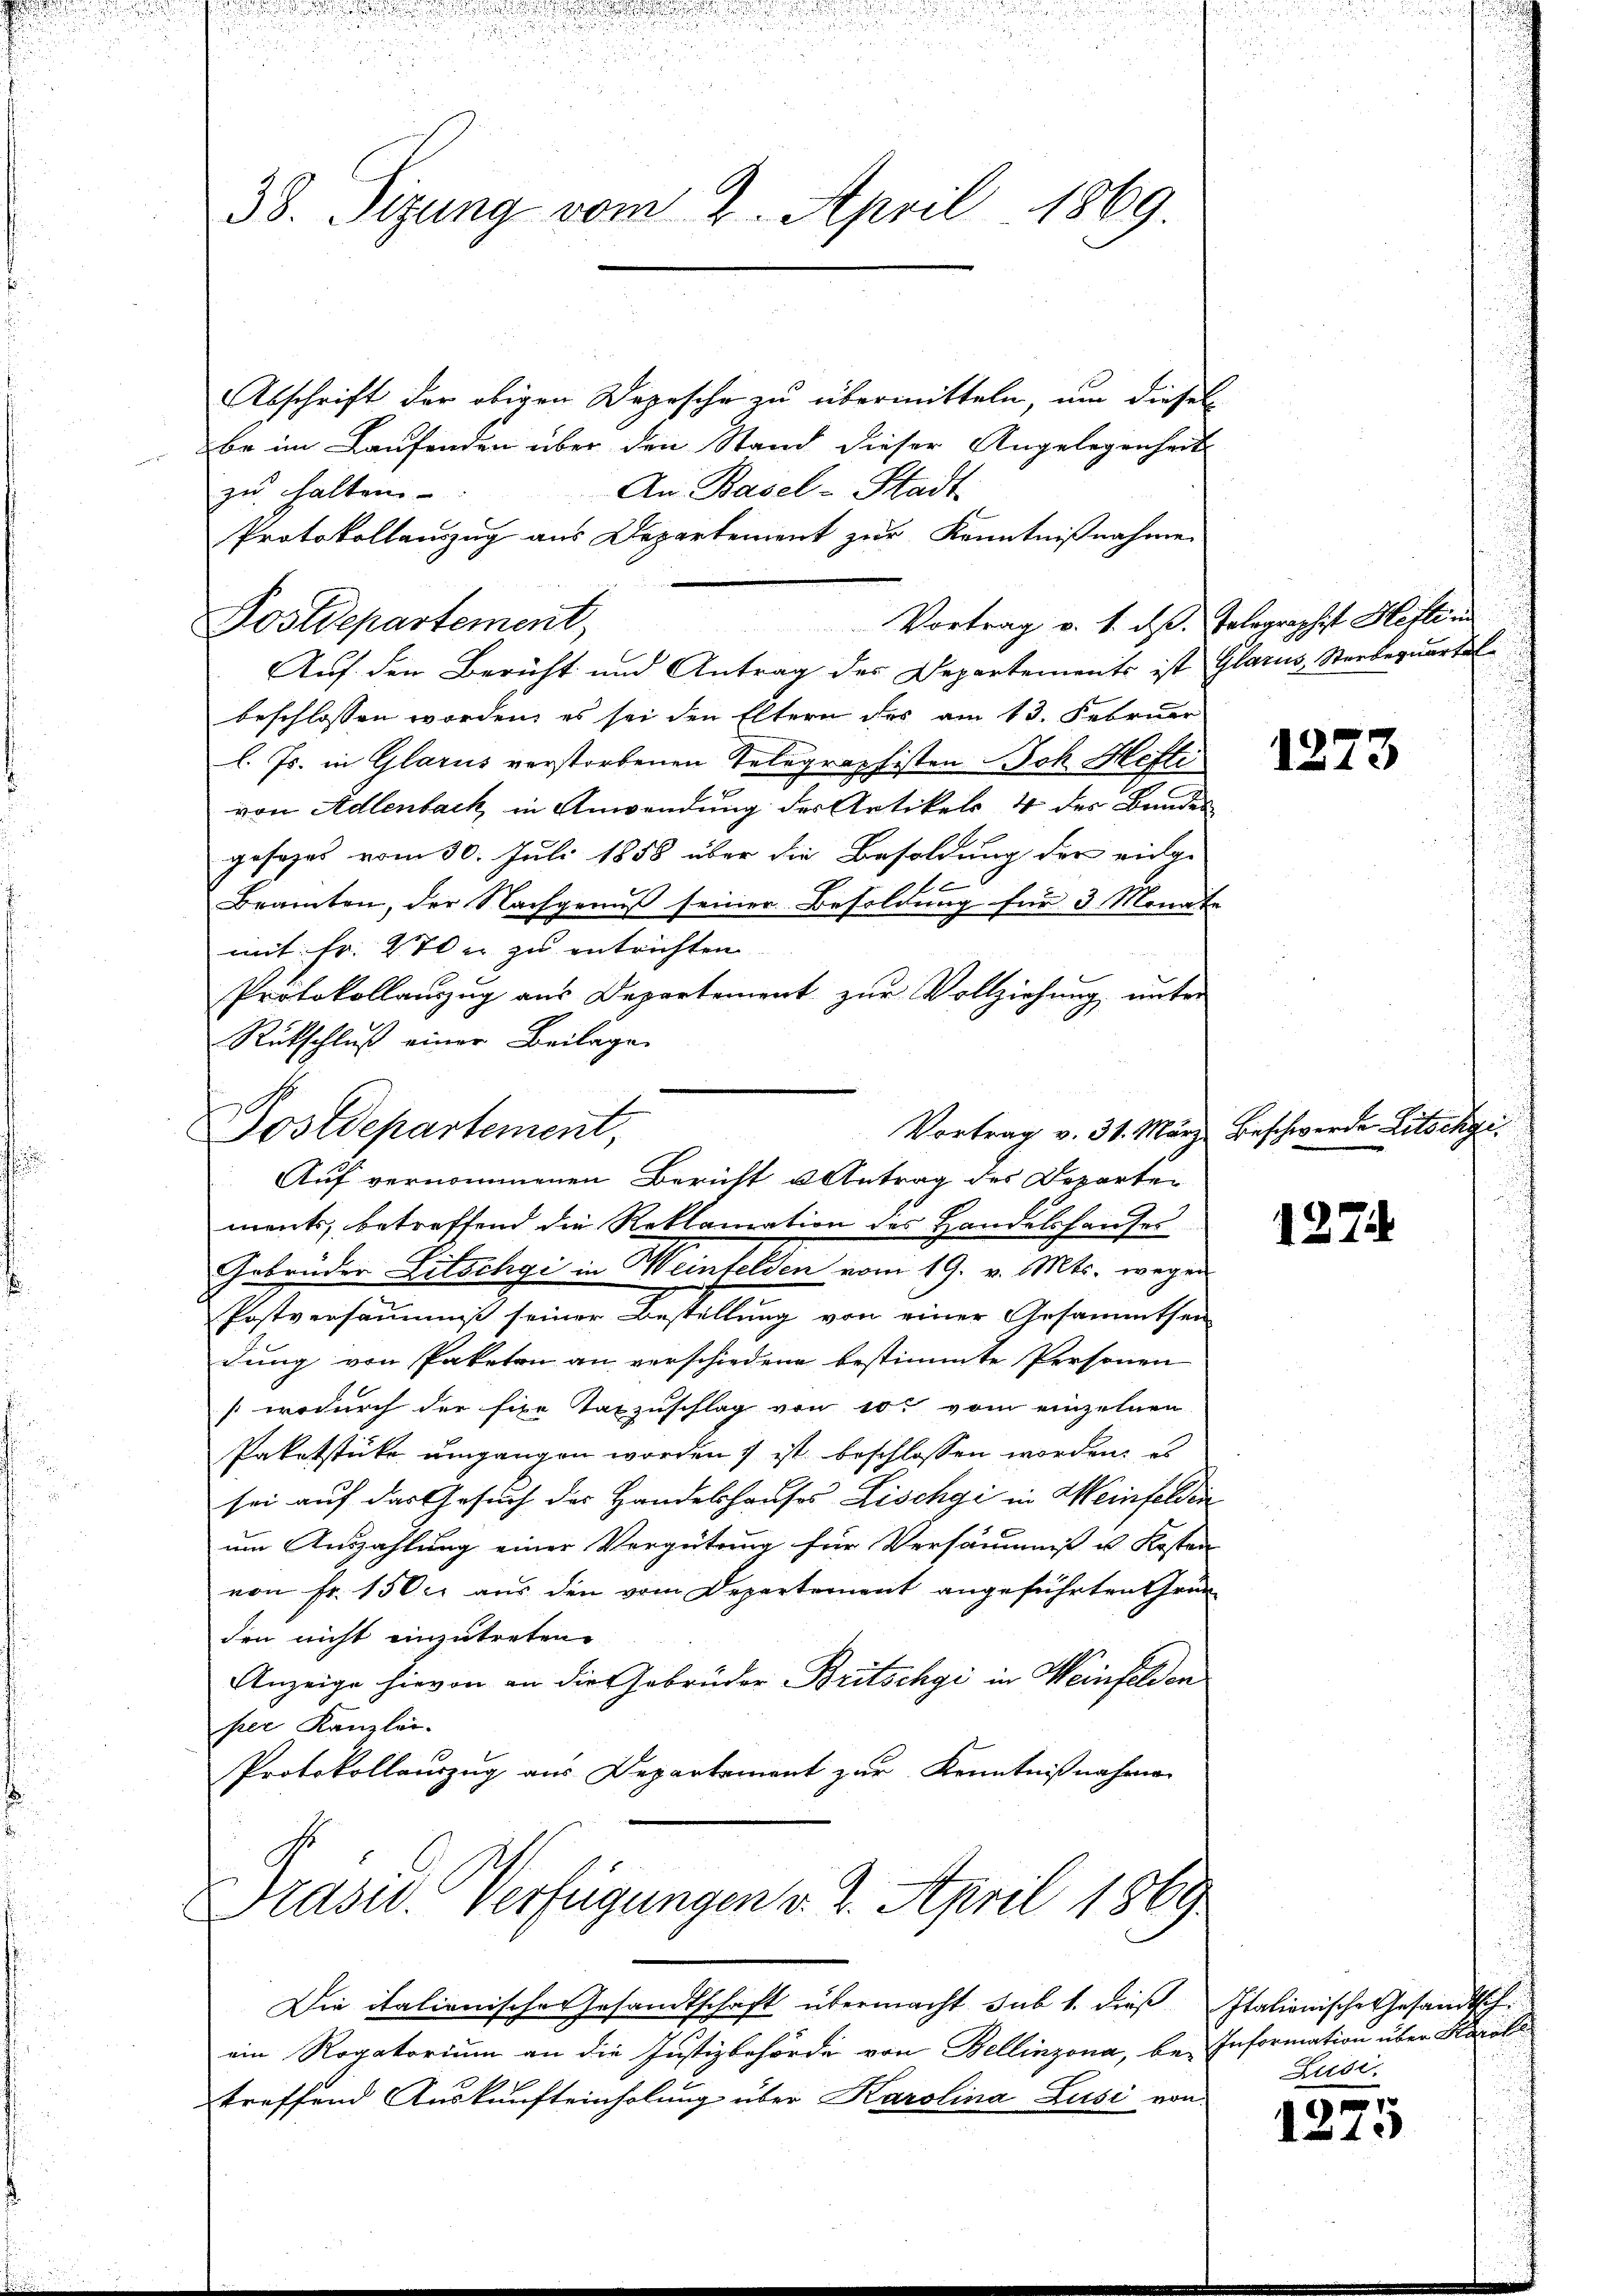
38. Sizung vom 2. April 1869.

Abschrift der obigen Depesche zu übermitteln, um diesel
be im Laufenden über den Stand dieser Angelegenheits
An Basel-Stadt
zu halten
Protokollanzug aus Departement zur Kenntnißnahmen
Vortrag v. 1. ds. Telegraphist Hefte un
Auf den Bericht und Antrag des Departements ist Glarus, Sterbernartel
beschlossen worden, es sei den Eltern des am 13. Februar
l. Js. in Glarus verstorbenen Telegraphisten Joh. Hefti
von Adlenbach, in Anwendung der Artikels 4 der Bandes
gesages vom 30. Juli 1858 über die Besoldung der eidge
e
Bramten, der Nachgenuß seiner Besoldung für 3 Monate
mit Fr. 270 u zu entrichten
Protokollauszug aus Departement zur Vollziehung unter
Rückschluß einer Beilage
ments, betreffend die Reklamation des Handelshauses
Gebrüder Litschgi in Weinfelden vom 19. v. Mts. wegen
Postversäumniß seiner Bestellung von einer Gesammthei
dung von Paketen an verschiedene bestimmte Personen
wodurch der fixe Taxzuschlag von 10t vom einzelnen
Paketstücke umgangen worden ist beschlossen worden, es
sei auf das Gesuch der Handelshauses Lischgi in Weinfelden
um Auszahlung einer Vergütung für Versäumnis u. Kosten
von Fr. 1500 aus den vom Departement angeführten Grun
den nicht einzutreten.
Anzeige hievon an die Gebrüder Britschgi in Weinfelden
per Kanzlei.
Protokollauszug aus Departement zur Kenntnißnahmen
Präsid. Verfügungen v. 2. April 1869
Die italienischen Gesandtschaft übermacht sub 1. dies Italienische Gesandtsch
ein Rogatorium an die Justizbehörde von Bellinzona, be- Information über Hasels
treffend Auskunfteinholung über Karolina Lusi von

Postdepartement,

Postdepartement,
Vortrag v. 31. März.
Auf vernommenen Bericht u Antrag des Departen

1273

Beschwerde Litschgi

1274

Jusi.

1
1219